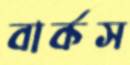
বার্কস